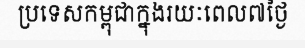
ប្រទេសកម្ពុជាក្នុងរយៈពេល៧ថ្ងៃ